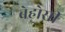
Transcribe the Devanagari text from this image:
बेहोसी